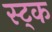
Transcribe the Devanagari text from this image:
स्ट्क